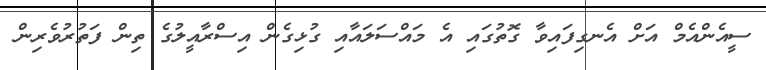
ސީއެންއެމް އަށް އެނގިފައިވާ ގޮތުގައި އެ މައްސަލައާއި ގުޅިގެން އިސްރާއީލުގެ ތިން ފަތުރުވެރިން